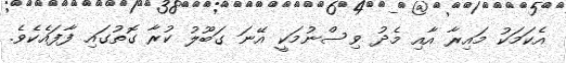
އެކަމަކު މައިރާ އާއި މެދު ވިސްނުމަކީ އޭނަ ގަބޫލު ކުރާ ގޮތުގައި ފާފައެކެވެ.